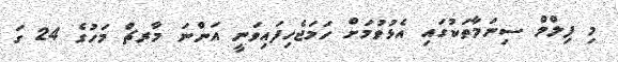
މި ފިލްމް ސިނަމާތަކުގައި އެޅުވުމަށް ހަމަޖެހިފައިވަނީ އަންނަ މާރޗް މަހުގެ 24 ގަ